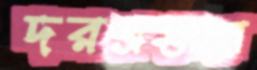
দরপ্রস্তাবে